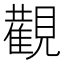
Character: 𮗚